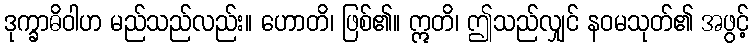
ဒုက္ခာဓိဝါဟ မည်သည်လည်း။ ဟောတိ၊ ဖြစ်၏။ ဣတိ၊ ဤသည်လျှင် နဝမသုတ်၏ အဖွင့်